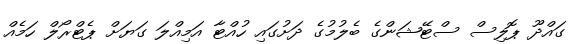
ގައްދޫ ޕޮލިސް ސްޓޭޝަންގެ ބެލުމުގެ ދަށުގައި ހުއްޓާ އަމިއްލަ ގަޔަށް ޕެޓްރޯލް ހަމެއް